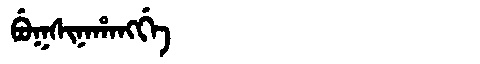
Manchu: ᠪᡠᡴᠰᡳᠨᠠᡥᠠᠩᡤᡝ
Romanization: BUKSINAHANGGE